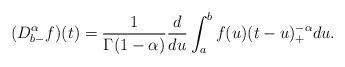
LaTeX: \begin{align*} (D^\alpha_{b-} f)(t) = \frac{1} {\Gamma(1-\alpha)} \frac{d}{du}\int^{b}_a f(u) (t - u)^{-\alpha}_+ du. \end{align*}